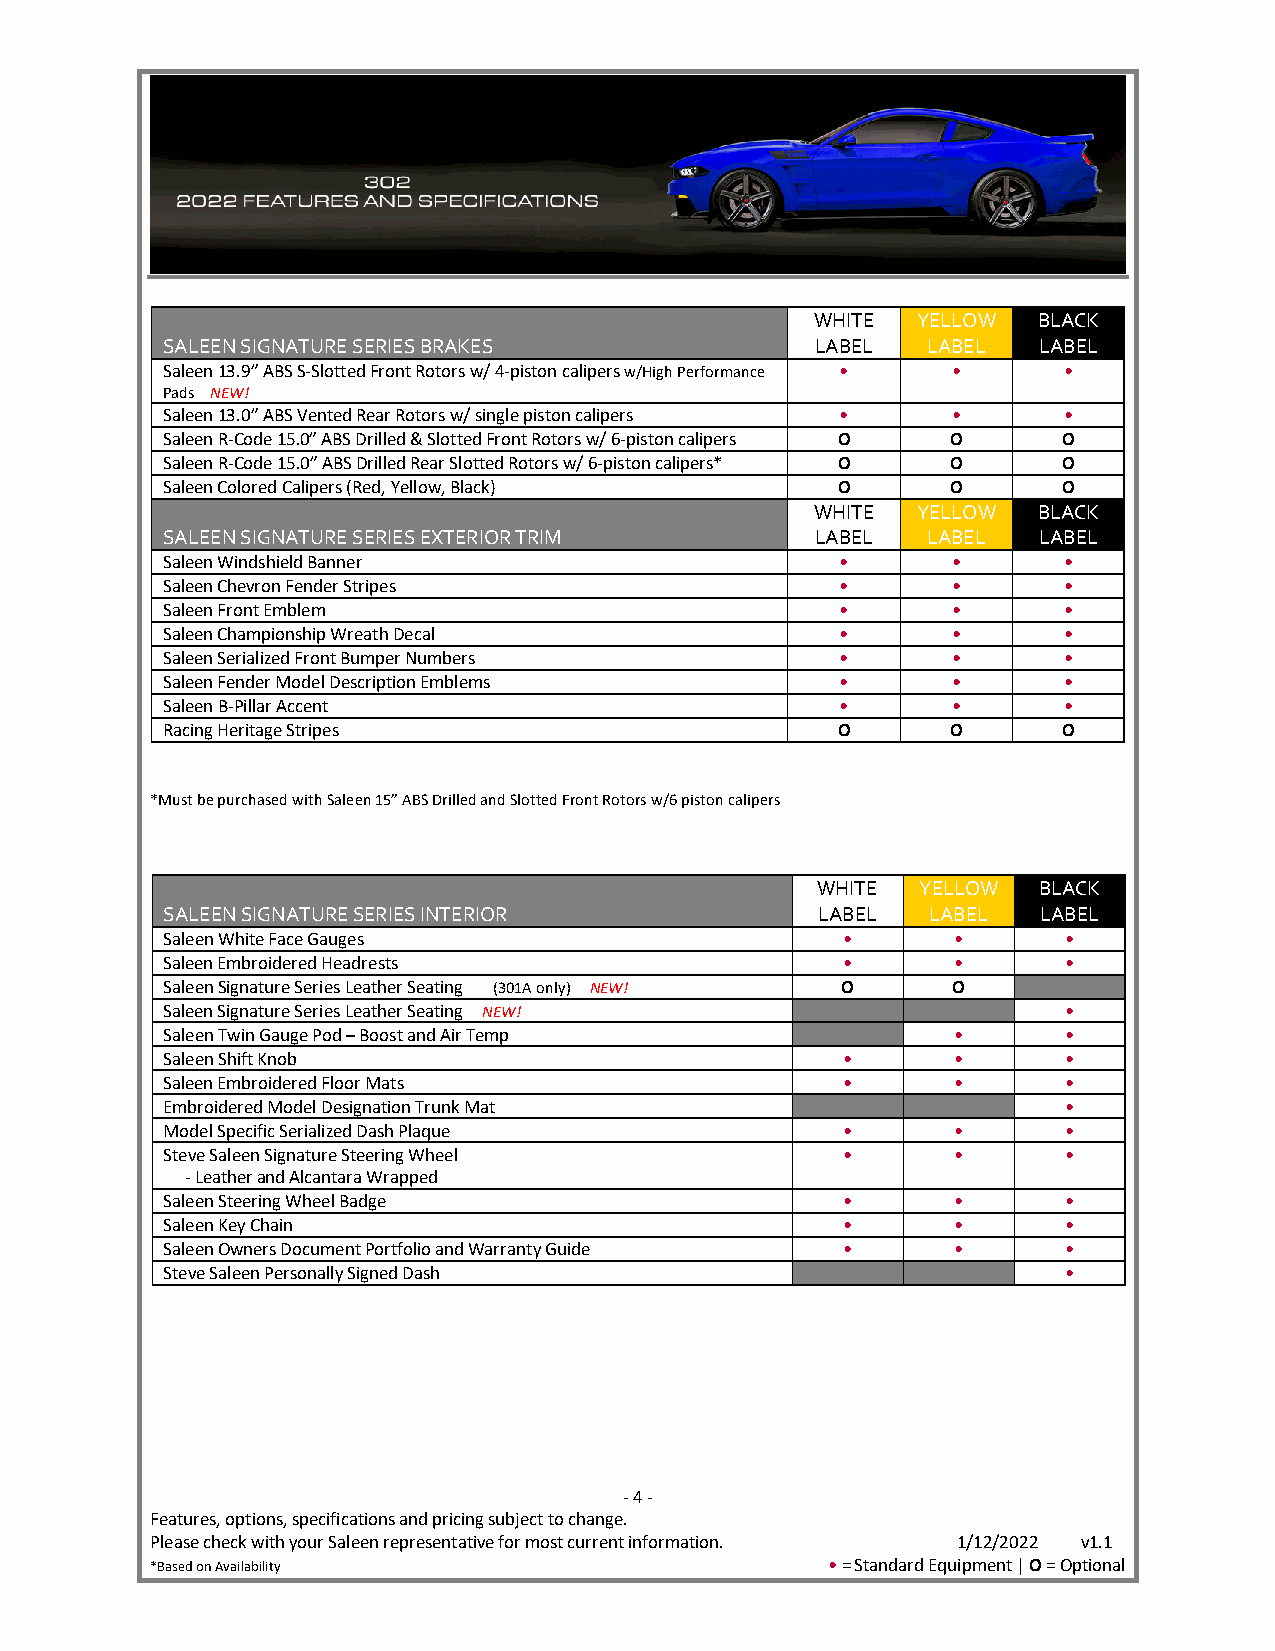
WHITE  YELLOW  BLACK
 SALEEN SIGNATURE SERIES BRAKES             LABEL  LABEL   LABEL
 Saleen 13.9” ABS S-Slotted Front Rotors w/ 4-piston calipers w/High Performance • • •
 Pads NEW!
 Saleen 13.0” ABS Vented Rear Rotors w/ single piston calipers • • •
 Saleen R-Code 15.0” ABS Drilled & Slotted Front Rotors w/ 6-piston calipers O O O
 Saleen R-Code 15.0” ABS Drilled Rear Slotted Rotors w/ 6-piston calipers* O O O
 Saleen Colored Calipers (Red, Yellow, Black) O      O      O
 WHITE  YELLOW  BLACK
 SALEEN SIGNATURE SERIES EXTERIOR TRIM      LABEL  LABEL   LABEL
 Saleen Windshield Banner                     •      •      •
 Saleen Chevron Fender Stripes                •      •      •
 Saleen Front Emblem                          •      •      •
 Saleen Championship Wreath Decal             •      •      •
 Saleen Serialized Front Bumper Numbers       •      •      •
 Saleen Fender Model Description Emblems      •      •      •
 Saleen B-Pillar Accent                       •      •      •
 Racing Heritage Stripes                     O       O      O
 *Must be purchased with Saleen 15” ABS Drilled and Slotted Front Rotors w/6 piston calipers
 WHITE  YELLOW  BLACK
 SALEEN SIGNATURE SERIES INTERIOR           LABEL   LABEL  LABEL
 Saleen White Face Gauges                     •      •       •
 Saleen Embroidered Headrests                 •      •       •
 Saleen Signature Series Leather Seating (301A only) NEW! O O
 Saleen Signature Series Leather Seating NEW!                •
 Saleen Twin Gauge Pod – Boost and Air Temp          •       •
 Saleen Shift Knob                            •      •       •
 Saleen Embroidered Floor Mats                •      •       •
 Embroidered Model Designation Trunk Mat                     •
 Model Specific Serialized Dash Plaque        •      •       •
 Steve Saleen Signature Steering Wheel        •      •       •
 - Leather and Alcantara Wrapped
 Saleen Steering Wheel Badge                  •      •       •
 Saleen Key Chain                             •      •       •
 Saleen Owners Document Portfolio and Warranty Guide • •     •
 Steve Saleen Personally Signed Dash                         •
 - 4 -
 Features, options, specifications and pricing subject to change.
 Please check with your Saleen representative for most current information. 1/12/2022 v1.1
 *Based on Availability                       • = Standard Equipment | O = Optional